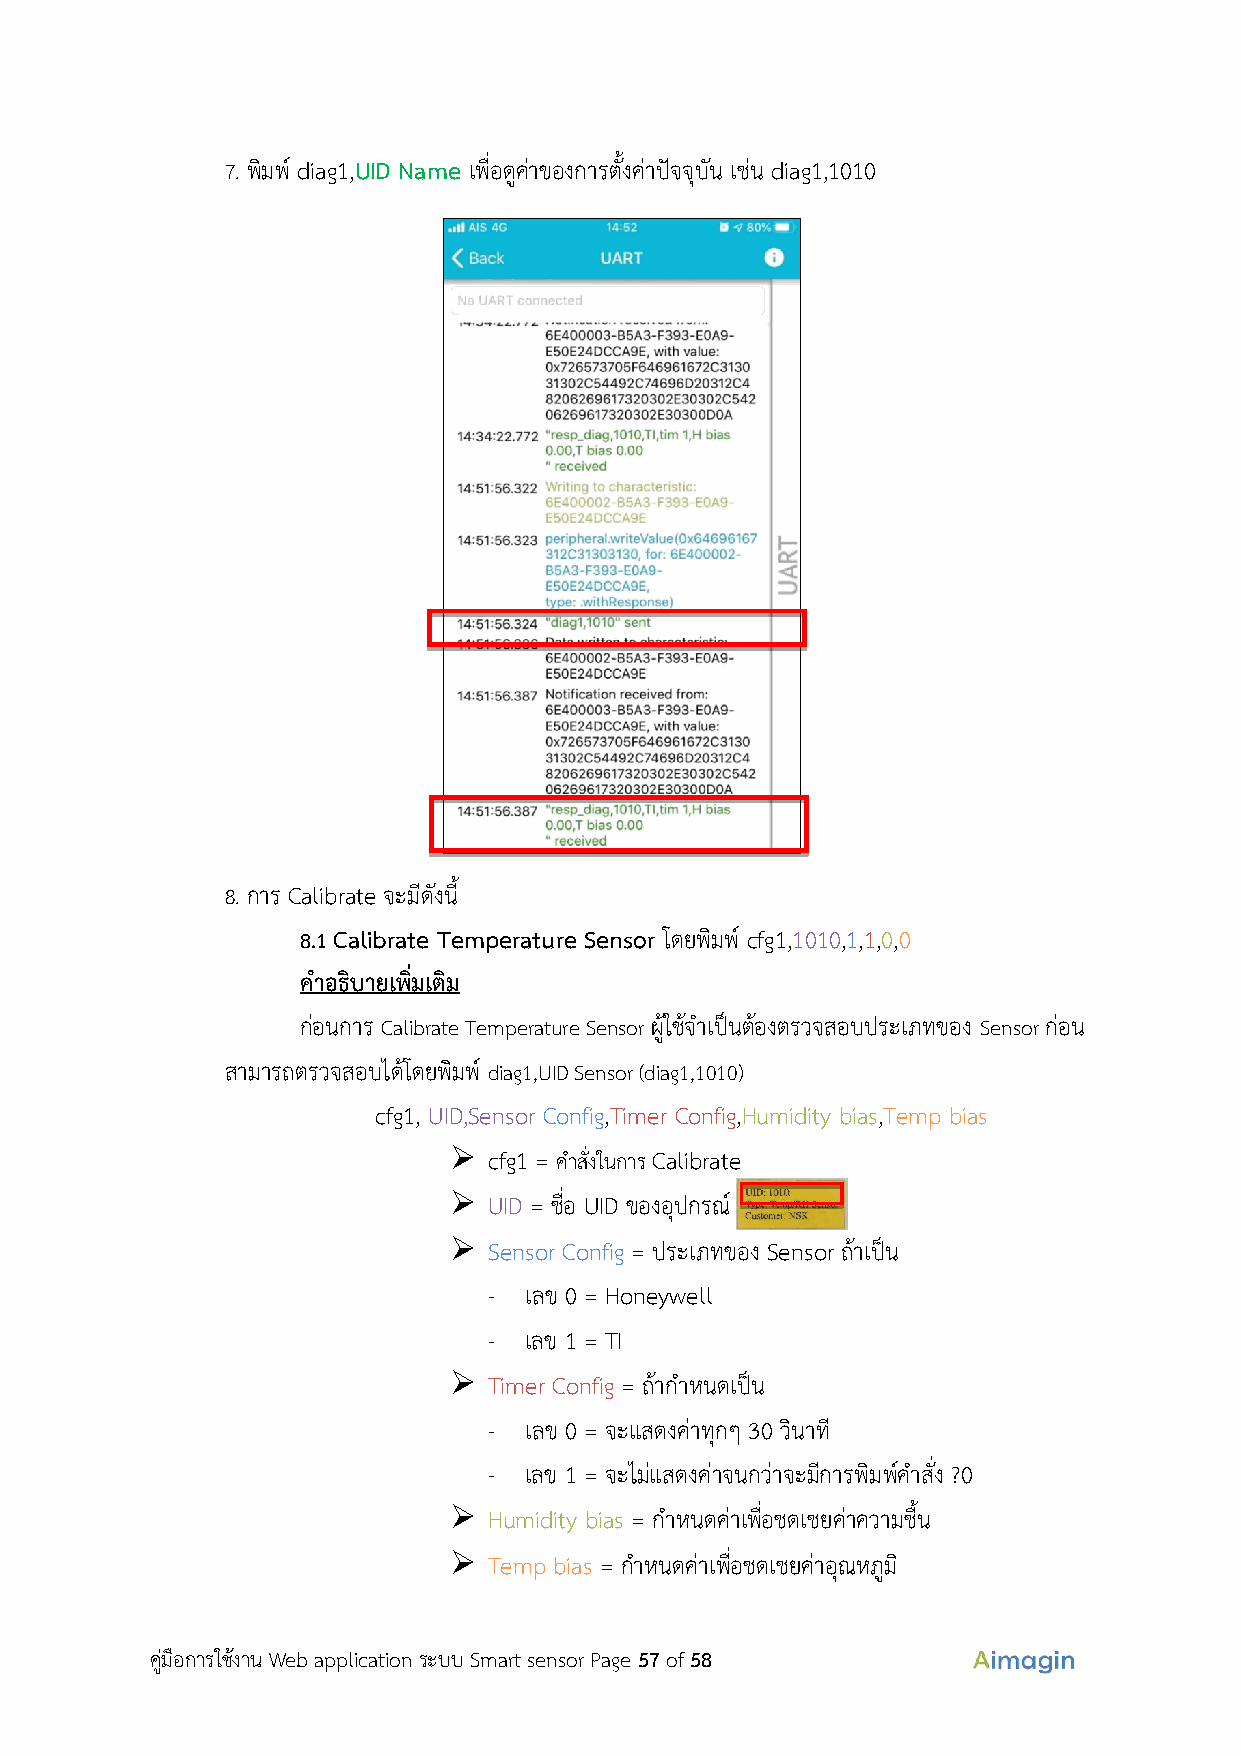
7. พิมพ์ diag1,UID Name เพื่อดูค่าของการตั้งค่าปัจจุบัน เช่น diag1,1010
 8. การ Calibrate จะมีดังนี้
 8.1 Calibrate Temperature Sensor โดยพิมพ์ cfg1,1010,1,1,0,0
 คำอธิบายเพิ่มเติม
 ก่อนการ Calibrate Temperature Sensor ผู้ใช้จำเป็นต้องตรวจสอบประเภทของ Sensor ก่อน
 สามารถตรวจสอบได้โดยพิมพ์ diag1,UID Sensor (diag1,1010)
 cfg1, UID,Sensor Config,Timer Config,Humidity bias,Temp bias
 ➢ cfg1 = คำสั่งในการ Calibrate
 ➢ UID = ชื่อ UID ของอุปกรณ์
 ➢ Sensor Config = ประเภทของ Sensor ถ้าเป็น
 -  เลข 0 = Honeywell
 -  เลข 1 = TI
 ➢ Timer Config = ถ้ากำหนดเป็น
 -  เลข 0 = จะแสดงค่าทุกๆ 30 วินาที
 -  เลข 1 = จะไม่แสดงค่าจนกว่าจะมีการพิมพ์คำสั่ง ?0
 ➢ Humidity bias = กำหนดค่าเพื่อชดเชยค่าความชื้น
 ➢ Temp bias = กำหนดค่าเพื่อชดเชยค่าอุณหภูมิ
 คู่มือการใช้งาน Web application ระบบ Smart sensor Page 57 of 58